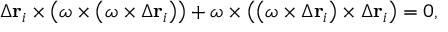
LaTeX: \Delta \mathbf { r } _ { i } \times \left( { \boldsymbol { \omega } } \times \left( { \boldsymbol { \omega } } \times \Delta \mathbf { r } _ { i } \right) \right) + { \boldsymbol { \omega } } \times \left( \left( { \boldsymbol { \omega } } \times \Delta \mathbf { r } _ { i } \right) \times \Delta \mathbf { r } _ { i } \right) = 0 ,